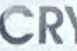
CR